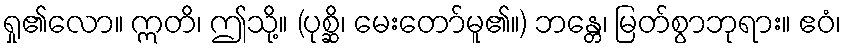
ရှု၏လော။ ဣတိ၊ ဤသို့။ (ပုစ္ဆိ၊ မေးတော်မူ၏။) ဘန္တေ၊ မြတ်စွာဘုရား။ ဧဝံ၊